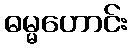
ဓမ္မဟောင်း